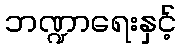
ဘဏ္ဍာရေးနှင့်